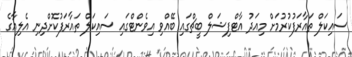
ސައިކަލް ތައާރަފުކުރުމަށް މިއަދު އާޓްފިޝަލް ބީޗްގައި ބޭއްވި އިވެންޓްގައި ސައިކަލް ތައާރަފުކޮށްދިނި އެލިއާގެ